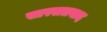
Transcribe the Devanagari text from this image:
सास्सतवाद